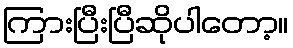
ကြားပြီးပြီဆိုပါတော့။